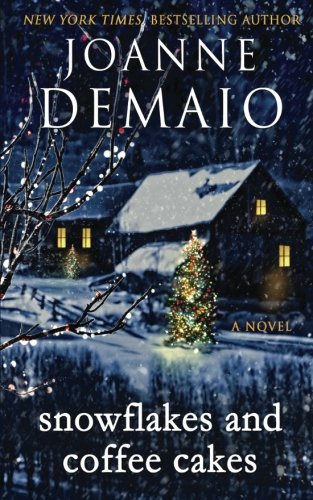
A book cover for Snowflakes and Coffee Cakes; Joanne DeMaio; Literature & Fiction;